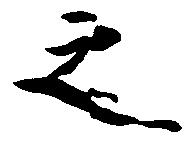
之